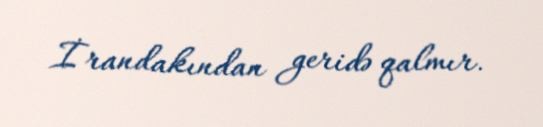
İrandakından geridə qalmır.